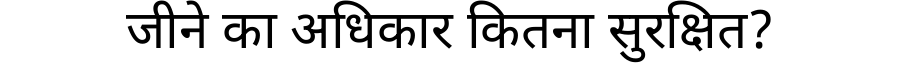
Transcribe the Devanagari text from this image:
जीने का अधिकार कितना सुरक्षित?